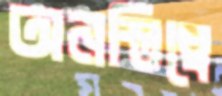
অনস্তিত্বে